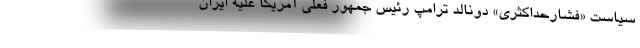
سیاست «فشارحداکثری» دونالد ترامپ رئیس جمهور فعلی آمریکا علیه ایران